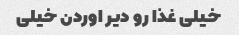
خیلی غذا رو دیر اوردن خیلی